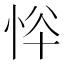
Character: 𢙋